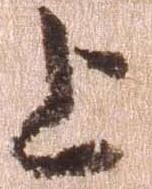
上